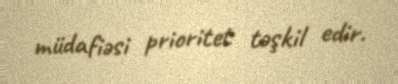
müdafiəsi prioritet təşkil edir.